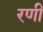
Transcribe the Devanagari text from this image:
रणीं